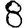
Digit: 8